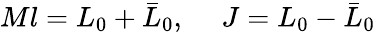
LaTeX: Ml=L_{0}+\bar{L}_{0},\ \ \ \ \ J=L_{0}-\bar{L}_{0}